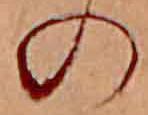
の